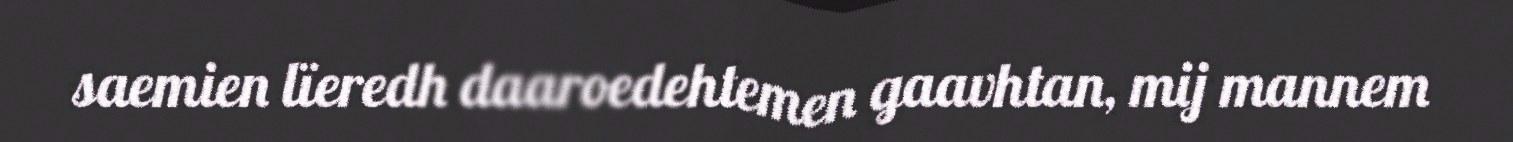
saemien lïeredh daaroedehtemen gaavhtan, mij mannem